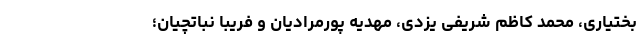
بختیاری،‌ محمد کاظم شریفی یزدی، مهدیه پورمرادیان و فریبا نباتچیان؛